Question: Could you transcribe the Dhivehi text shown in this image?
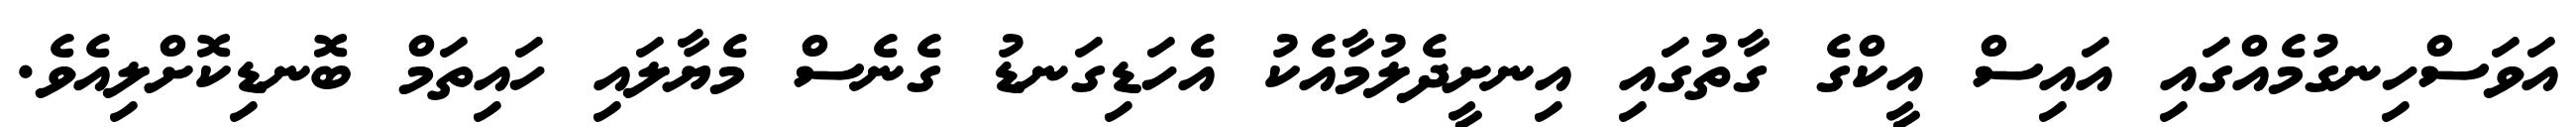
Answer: އަވަސްހިނގުމެއްގައި އައިސް އީކްގެ ގާތުގައި އިނށީދެލުމާއެކު އެހަޑިގަނޑު ގެނެސް މެޔާލައި ހައިތަމް ބޮނޑިކޮށްލިއެވެ.